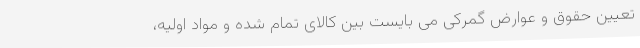
تعیین حقوق و عوارض گمرکی می بایست بین کالای تمام شده و مواد اولیه،